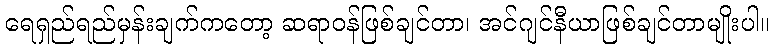
ရေရှည်ရည်မှန်းချက်ကတော့ ဆရာဝန်ဖြစ်ချင်တာ၊ အင်ဂျင်နီယာဖြစ်ချင်တာမျိုးပါ။